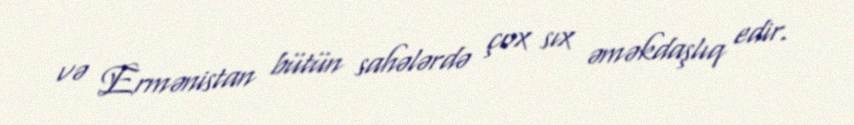
və Ermənistan bütün sahələrdə çox sıx əməkdaşlıq edir.